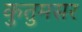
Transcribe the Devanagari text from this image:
कुतुमसर